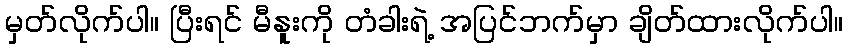
မှတ်လိုက်ပါ။ ပြီးရင် မီနူးကို တံခါးရဲ့ အပြင်ဘက်မှာ ချိတ်ထားလိုက်ပါ။